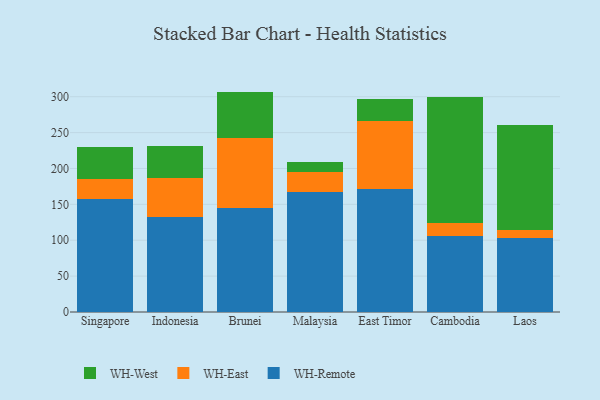
{"axis": {"x": "Country", "y": "Revenue (USD Million)"}, "legend": ["WH-East", "WH-Remote", "WH-West"], "data": [{"x": "Singapore", "y": 157.2, "type": "WH-Remote"}, {"x": "Singapore", "y": 28.8, "type": "WH-East"}, {"x": "Singapore", "y": 44.6, "type": "WH-West"}, {"x": "Indonesia", "y": 131.9, "type": "WH-Remote"}, {"x": "Indonesia", "y": 55.5, "type": "WH-East"}, {"x": "Indonesia", "y": 43.3, "type": "WH-West"}, {"x": "Brunei", "y": 144.6, "type": "WH-Remote"}, {"x": "Brunei", "y": 98.4, "type": "WH-East"}, {"x": "Brunei", "y": 64.1, "type": "WH-West"}, {"x": "Malaysia", "y": 166.8, "type": "WH-Remote"}, {"x": "Malaysia", "y": 27.7, "type": "WH-East"}, {"x": "Malaysia", "y": 13.9, "type": "WH-West"}, {"x": "East Timor", "y": 171.8, "type": "WH-Remote"}, {"x": "East Timor", "y": 94.6, "type": "WH-East"}, {"x": "East Timor", "y": 30.4, "type": "WH-West"}, {"x": "Cambodia", "y": 105.5, "type": "WH-Remote"}, {"x": "Cambodia", "y": 18.6, "type": "WH-East"}, {"x": "Cambodia", "y": 175.0, "type": "WH-West"}, {"x": "Laos", "y": 103.0, "type": "WH-Remote"}, {"x": "Laos", "y": 11.1, "type": "WH-East"}, {"x": "Laos", "y": 146.4, "type": "WH-West"}]}